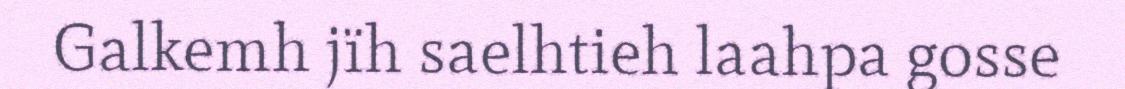
Galkemh jïh saelhtieh laahpa gosse